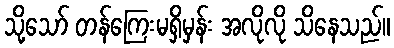
သို့သော် တန်ကြေးမရှိမှန်း အလိုလို သိနေသည်။